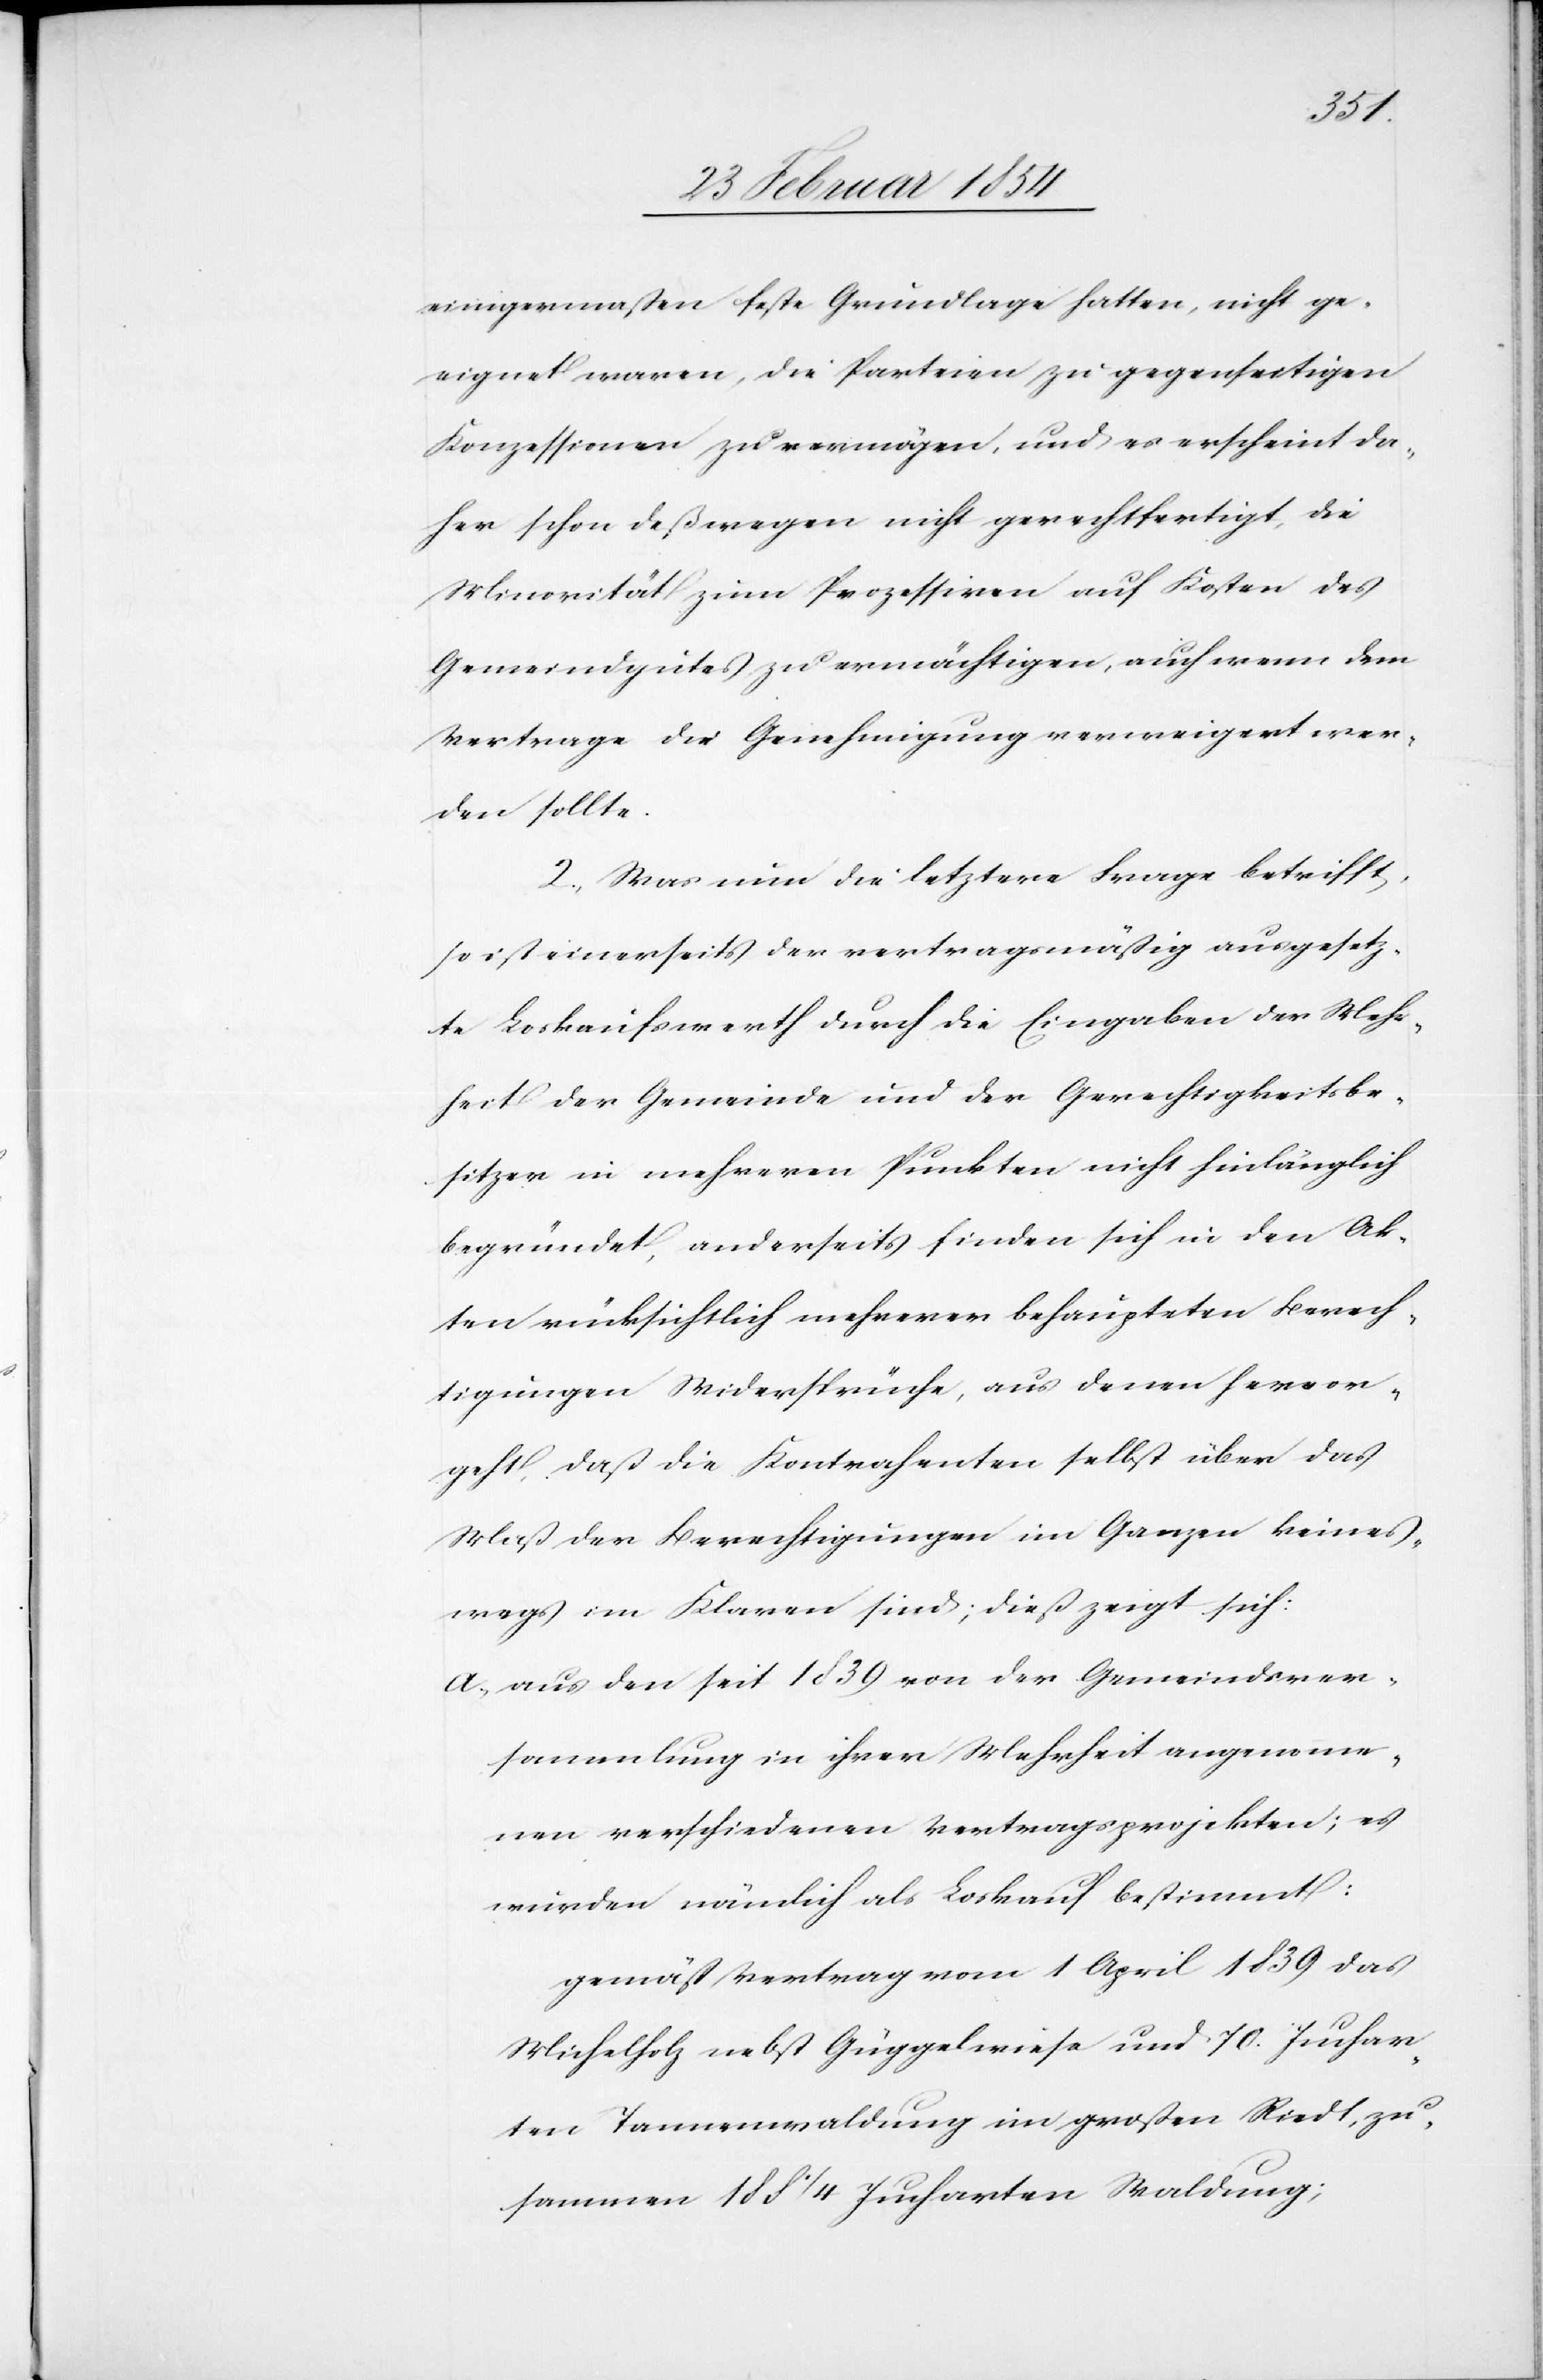
einigermaßen feste Grundlage hatten, nicht ge¬
eignet warten, die Parteien zu gegenseitigen
Konzessionen zu vermögen, und es erscheint da¬
her schon deßwegen nicht gerechtfertigt, die
Minorität zum Prozessiren auf Kosten des
Gemeindgutes zu ermächtigen, auch wenn dem
Vertrage die Genehmigung verweigert wer¬
den sollte.
2. Was nun die letztere Frage betrifft,
so ist einerseits der vertragsmäßig ausgesetz¬
te Loskaufswerth durch die Eingaben der Mehr¬
heit der Gemeinde und der Gerechtigkeitsbe¬
sitzer in mehreren Punkten nicht hinlänglich
begründet, anderseits finden sich in den Ak¬
ten rücksichtlich mehrerer behaupteten Berech¬
tigungen Widersprüche, aus denen hervor¬
geht, daß die Kontrahenten selbst über das
Maß der Berechtigungen im Ganzen keines¬
wegs im Klaren sind; dieß zeigt sich:
a. aus den seit 1839 von der Gemeindsver¬
sammlung in ihrer Mehrheit angenomme¬
nen verschiedenen Vertragsprojekten; es
wurden nämlich als Loskauf bestimmt:
gemäß Vertrag vom 1 April 1739 das
Michelholz nebst Güggelwiese und 70. Juchar¬
ten Tannenwaldung im großen Riedt, zu¬
sammen 188 ¼ Jucharten Waldung;